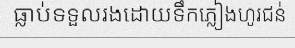
ធ្លាប់ទទួលរងដោយទឹកភ្លៀងហូរជន់